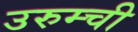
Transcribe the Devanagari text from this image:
उरुम्ची